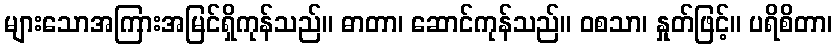
များသောအကြားအမြင်ရှိကုန်သည်။ ဓာတာ၊ ဆောင်ကုန်သည်။ ဝစသာ၊ နှုတ်ဖြင့်။ ပရိစိတာ၊